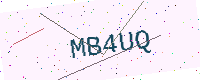
Text: MB4UQ